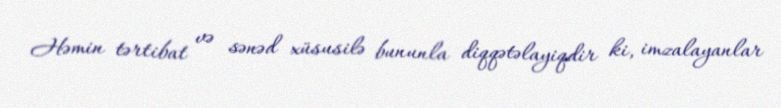
Həmin tərtibat və sənəd xüsusilə bununla diqqətəlayiqdir ki, imzalayanlar